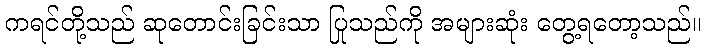
ကရင်တို့သည် ဆုတောင်းခြင်းသာ ပြုသည်ကို အများဆုံး တွေ့ရတော့သည်။